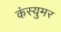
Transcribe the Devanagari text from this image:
कंस्युमर